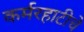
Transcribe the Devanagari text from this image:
कर्मरहाटीचे